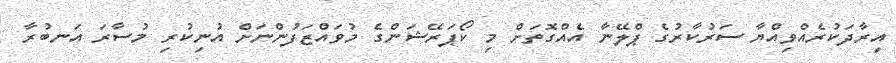
އިރާދަކުރެއްވިއްޔާ ސަރުކާރުގެ ޕްލޭނާ އެއްގޮތަށް މި ކޯޕަރޭޝަންގެ މުވައްޒަފުންނަށް އުނިކުރި މުސާރަ އަނބުރާ